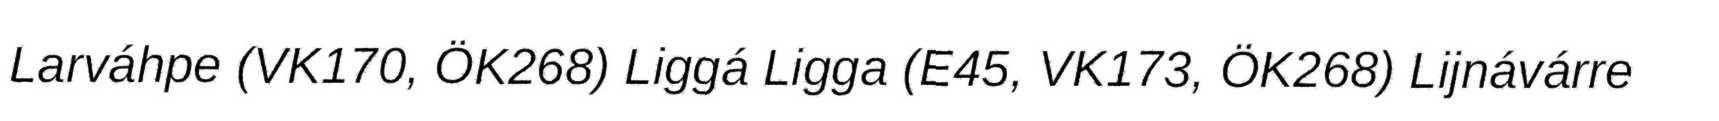
Larváhpe (VK170, ÖK268) Liggá Ligga (E45, VK173, ÖK268) Lijnávárre